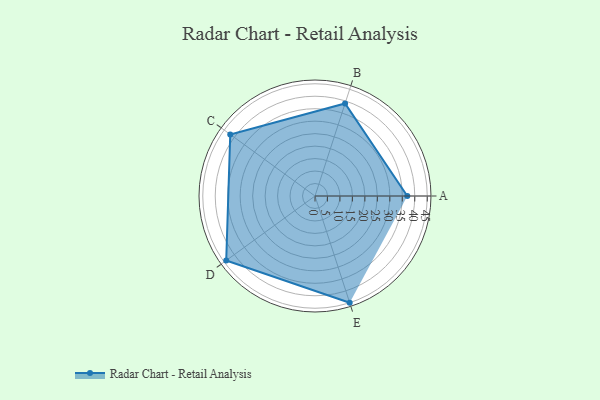
{"axis": {"x": "Skill", "y": "Score"}, "legend": ["Profile"], "data": [{"x": "A", "y": 37.0, "type": "Profile"}, {"x": "B", "y": 39.0, "type": "Profile"}, {"x": "C", "y": 42.0, "type": "Profile"}, {"x": "D", "y": 44.0, "type": "Profile"}, {"x": "E", "y": 45.0, "type": "Profile"}]}